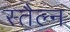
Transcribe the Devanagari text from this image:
स्तैल्न